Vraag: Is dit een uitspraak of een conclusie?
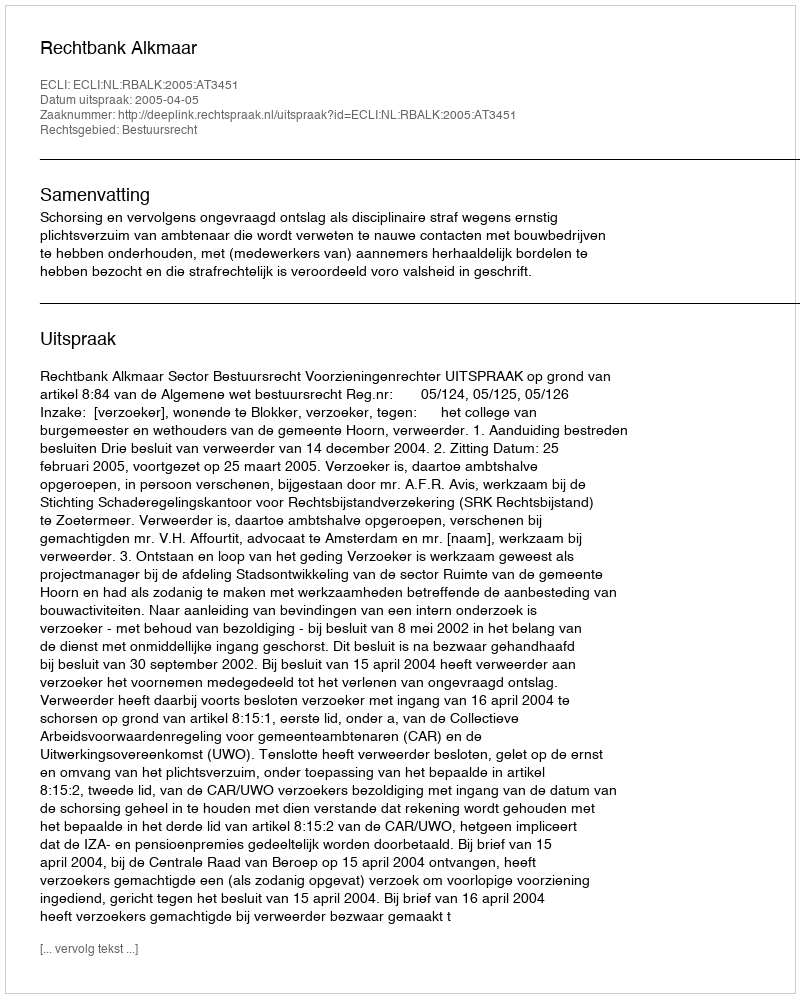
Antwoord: Uitspraak